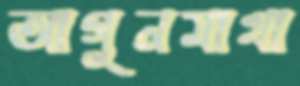
আগুনমাখা